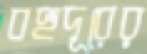
বহুদূরের